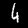
Digit: 4